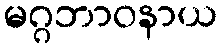
မဂ္ဂဘာဝနာယ